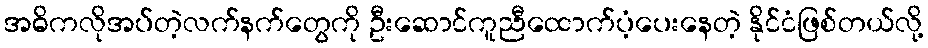
အဓိကလိုအပ်တဲ့လက်နက်တွေကို ဦးဆောင်ကူညီထောက်ပံ့ပေးနေတဲ့ နိုင်ငံဖြစ်တယ်လို့